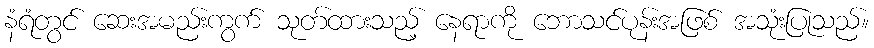
နံရံတွင် ဆေးအမည်းကွက် သုတ်ထားသည့် နေရာကို ဘောသင်ပုန်းအဖြစ် အသုံးပြုသည်။